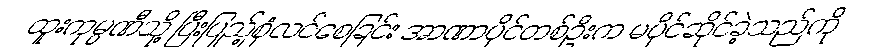
ထူးကုမ္ပဏီသို့ ပြီးပြည့်စုံလင်စေခြင်း အာဏာပိုင်တစ်ဦးက မပိုင်ဆိုင်ခဲ့သည်ကို